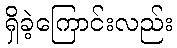
ရှိခဲ့ကြောင်းလည်း